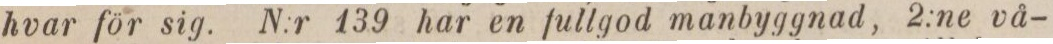
hvar för sig. N:r 139 har en fullgod manbyggnad, 2:ne vå-